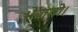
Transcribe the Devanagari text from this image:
भेजती।